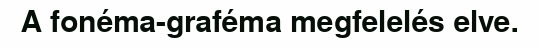
A fonéma-graféma megfelelés elve.